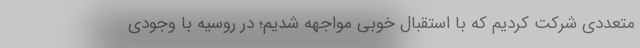
متعددی شرکت کردیم که با استقبال خوبی مواجهه شدیم؛ در روسیه با وجودی